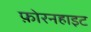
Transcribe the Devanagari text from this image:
फ़ोरनहाइट